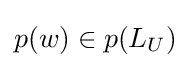
p(w)\in p(L_{U})